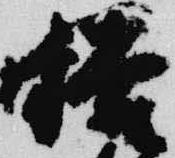
俗